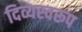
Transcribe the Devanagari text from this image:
दिव्यस्वरूप